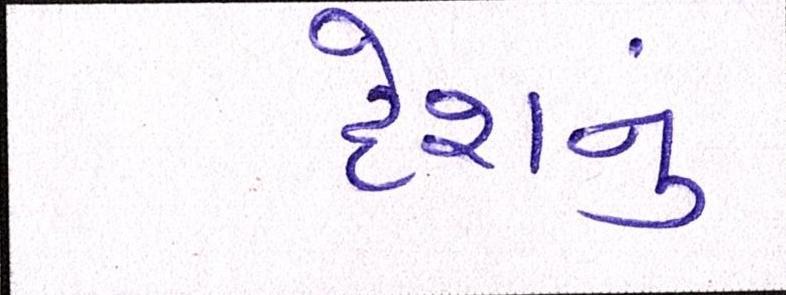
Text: દેશનું